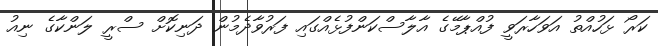
ކަރޯ ޅަހުއްތު އަވަހާރަވީ ފުއްޕާމޭގެ އާލާސްކަންފުޅެއްގައި ފަރުވާދެމުން ދަނިކޮށް ސްރީ ލަންކާގެ ނިއު